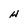
Character: H